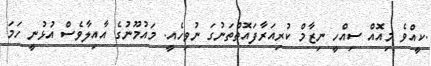
.ކީއްވެ މިއޮއް ސިއްހީ ނިޒާމް ކުރިއަރާފައޮތްތަނުގަ ނުވިހެއީ. މައުމޫނުގެ އާއިލާވެސް އުޅުނީ ހަމަ